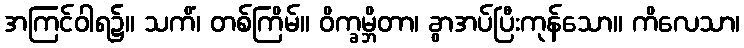
အကြင်ဝါရ၌။ သကိံ၊ တစ်ကြိမ်။ ဝိက္ခမ္ဘိတာ၊ ခွာအပ်ပြီးကုန်သော။ ကိလေသာ၊